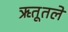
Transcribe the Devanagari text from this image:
ऋतूतले